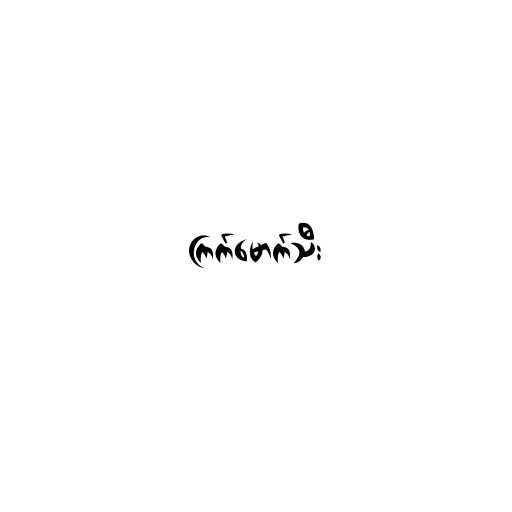
ကြက်မောက်သီး